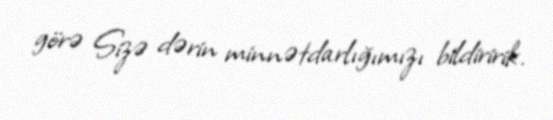
görə Sizə dərin minnətdarlığımızı bildiririk.